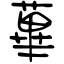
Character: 蓽